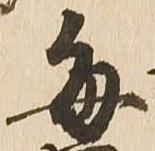
毎